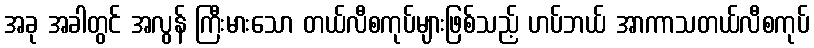
အခု အခါတွင် အလွန် ကြီးမားသော တယ်လီစကုပ်များဖြစ်သည့် ဟပ်ဘယ် အာကာသတယ်လီစကုပ်